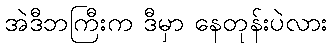
အဲဒီဘကြီးက ဒီမှာ နေတုန်းပဲလား